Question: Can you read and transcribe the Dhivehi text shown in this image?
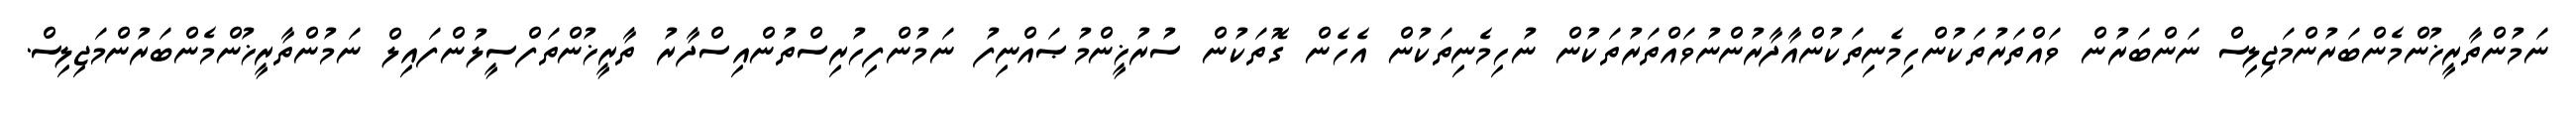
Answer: ނަމުންތާރީޚުންމެންބަރުންމަޖިލިސް ނަންބަރުން ވައްތަރުތަކުންހިމެނިތަކުންއާދާރުންނުވައްތަރުތަކުން ނުހިމެނިތަކުން އެހެން ގޮތަކުން ސުރުޚީންމުޞައްނިފު ނަމުންފިހުރިސްތުންއިސްދާރު ތާރީޚުންތަފްސީލުންފައިލް ނަމުންތާރީޚުންމެންބަރުންމަޖިލިސް.